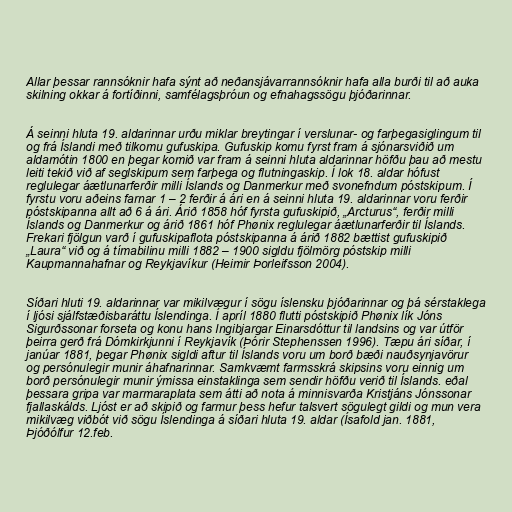
Allar þessar rannsóknir hafa sýnt að neðansjávarrannsóknir hafa alla burði til að auka
skilning okkar á fortíðinni, samfélagsþróun og efnahagssögu þjóðarinnar.

Á seinni hluta 19. aldarinnar urðu miklar breytingar í verslunar- og farþegasiglingum til
og frá Íslandi með tilkomu gufuskipa. Gufuskip komu fyrst fram á sjónarsviðið um
aldamótin 1800 en þegar komið var fram á seinni hluta aldarinnar höfðu þau að mestu
leiti tekið við af seglskipum sem farþega og flutningaskip. Í lok 18. aldar hófust
reglulegar áætlunarferðir milli Íslands og Danmerkur með svonefndum póstskipum. Í
fyrstu voru aðeins farnar 1 – 2 ferðir á ári en á seinni hluta 19. aldarinnar voru ferðir
póstskipanna allt að 6 á ári. Árið 1858 hóf fyrsta gufuskipið, „Arcturus“, ferðir milli
Íslands og Danmerkur og árið 1861 hóf Phønix reglulegar áætlunarferðir til Íslands.
Frekari fjölgun varð í gufuskipaflota póstskipanna á árið 1882 bættist gufuskipið
„Laura“ við og á tímabilinu milli 1882 – 1900 sigldu fjölmörg póstskip milli
Kaupmannahafnar og Reykjavíkur (Heimir Þorleifsson 2004).

Síðari hluti 19. aldarinnar var mikilvægur í sögu íslensku þjóðarinnar og þá sérstaklega
í ljósi sjálfstæðisbaráttu Íslendinga. Í apríl 1880 flutti póstskipið Phønix lík Jóns
Sigurðssonar forseta og konu hans Ingibjargar Einarsdóttur til landsins og var útför
þeirra gerð frá Dómkirkjunni í Reykjavík (Þórir Stephenssen 1996). Tæpu ári síðar, í
janúar 1881, þegar Phønix sigldi aftur til Íslands voru um borð bæði nauðsynjavörur
og persónulegir munir áhafnarinnar. Samkvæmt farmsskrá skipsins voru einnig um
borð persónulegir munir ýmissa einstaklinga sem sendir höfðu verið til Íslands. eðal
þessara gripa var marmaraplata sem átti að nota á minnisvarða Kristjáns Jónssonar
fjallaskálds. Ljóst er að skipið og farmur þess hefur talsvert sögulegt gildi og mun vera
mikilvæg viðbót við sögu Íslendinga á síðari hluta 19. aldar (Ísafold jan. 1881,
Þjóðólfur 12.feb.